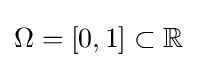
\Omega =[0,1]\subset \mathbb {R}